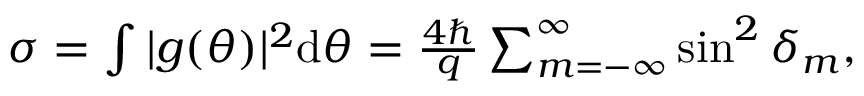
\begin{array} { r } { \sigma = \int | g ( \theta ) | ^ { 2 } \mathrm { d } \theta = \frac { 4 \hbar } { q } \sum _ { m = - \infty } ^ { \infty } \sin ^ { 2 } { \delta _ { m } } , } \end{array}